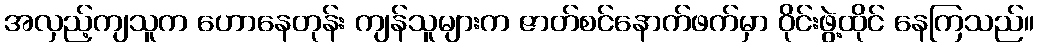
အလှည့်ကျသူက ဟောနေတုန်း ကျန်သူများက ဇာတ်စင်နောက်ဖက်မှာ ဝိုင်းဖွဲ့ထိုင် နေကြသည်။